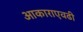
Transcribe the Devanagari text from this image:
आकाराएवढी